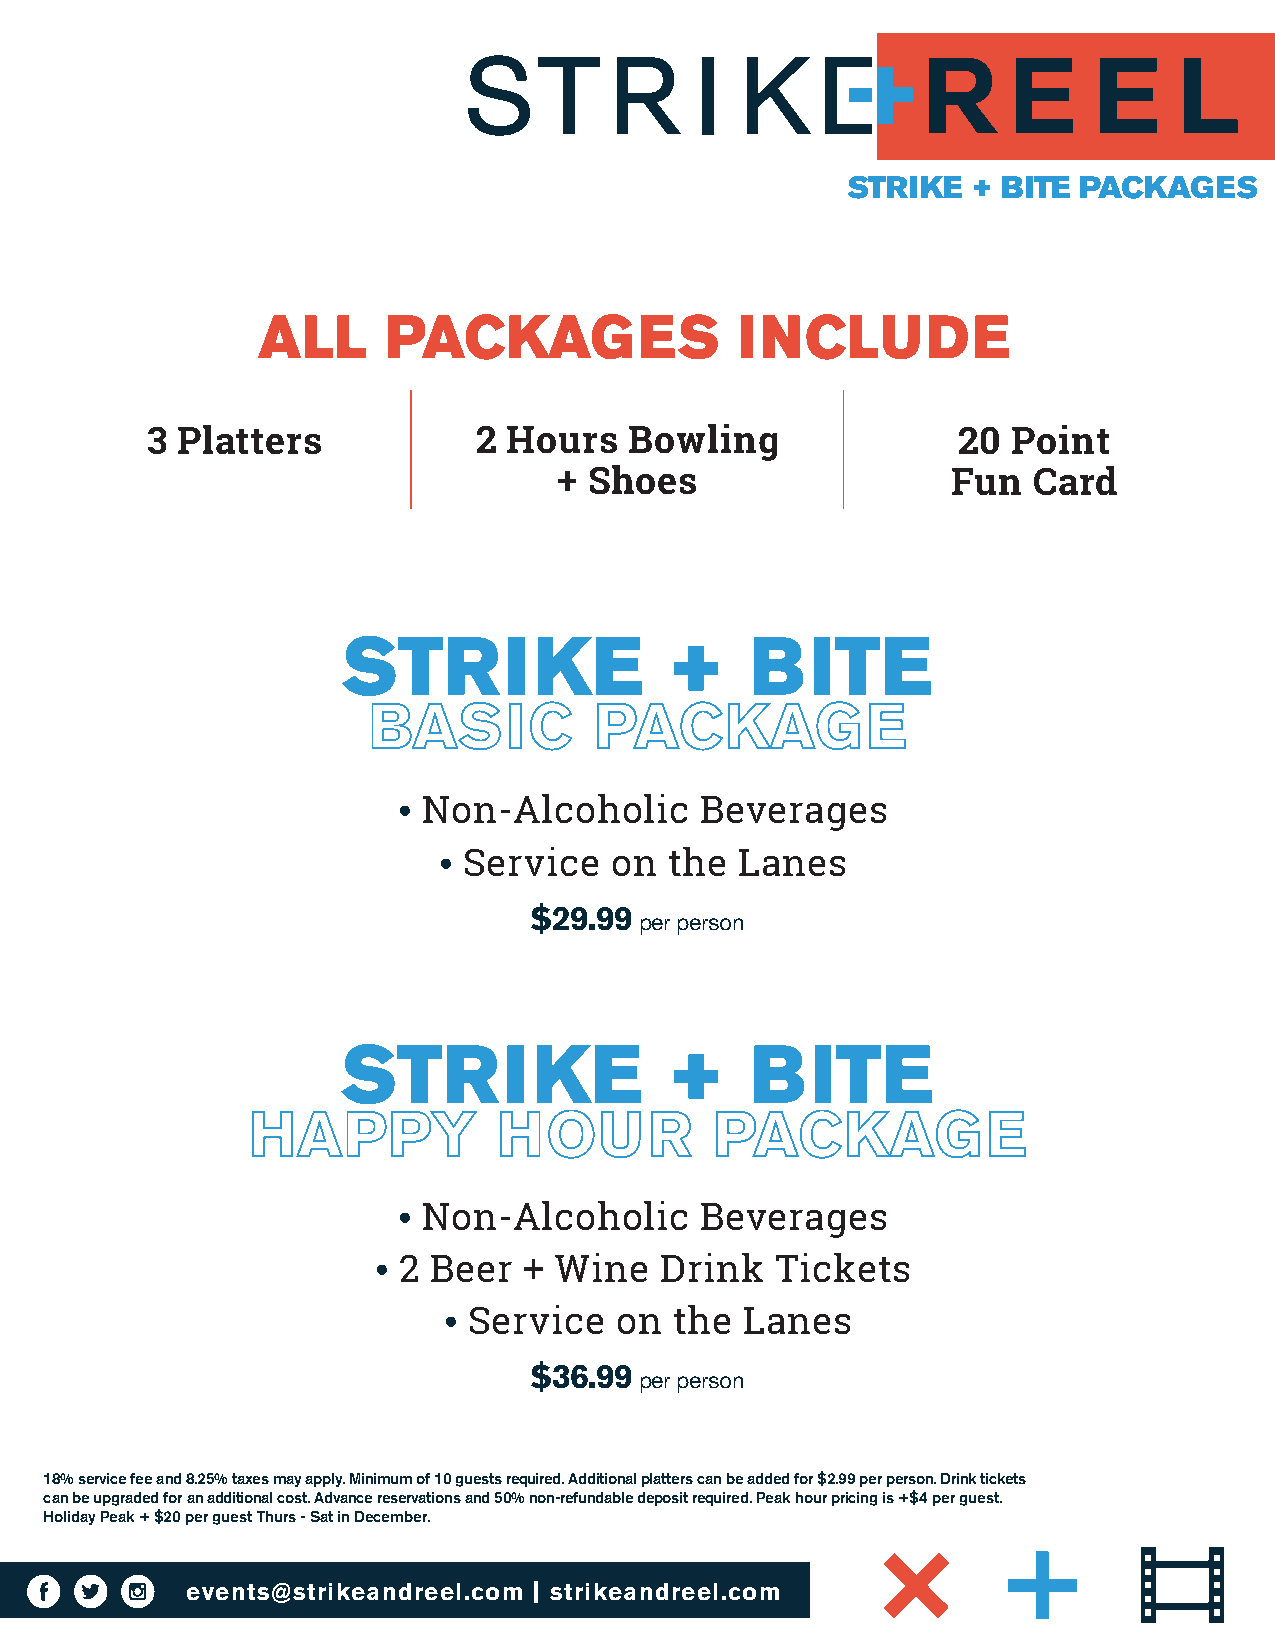
STRIKE  + BITE  PACKAGES
 AALLLL   PPAACCKKAAGGEESS       IINNCCLLUUDDEE
 3 Platters           2  Hours   Bowling              20  Point
 + Shoes                   Fun  Card
 SSTTRRIIKKEE         ++    BBIITTEE
 BASIC          PACKAGE
 •Non-Alcoholic      Beverages
 •Service    on  the  Lanes
 $29.99
 per person
 SSTTRRIIKKEE         ++    BBIITTEE
 HAPPY            HOUR          PACKAGE
 •Non-Alcoholic      Beverages
 •2   Beer  + Wine   Drink  Tickets
 •Service    on  the Lanes
 $36.99
 per person
 18% service fee and 8.25% taxes may apply. Minimum of 10 guests required. Additional platters can be added for $2.99 per person. Drink tickets
 can be upgraded for an additional cost. Advance reservations and 50% non-refundable deposit required. Peak hour pricing is +$4 per guest.
 Holiday Peak + $20 per guest Thurs - Sat in December.
 events@strikeandreel.com | strikeandreel.com